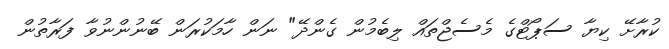
ކުރާށޭ ކިޔާ ސަޕޯޓްގެ މެސެޖްތައް ލިބެމުން ގެންދޭ" ނަން ހާމަކުރަން ބޭނުންނުވާ ފަރާތުން